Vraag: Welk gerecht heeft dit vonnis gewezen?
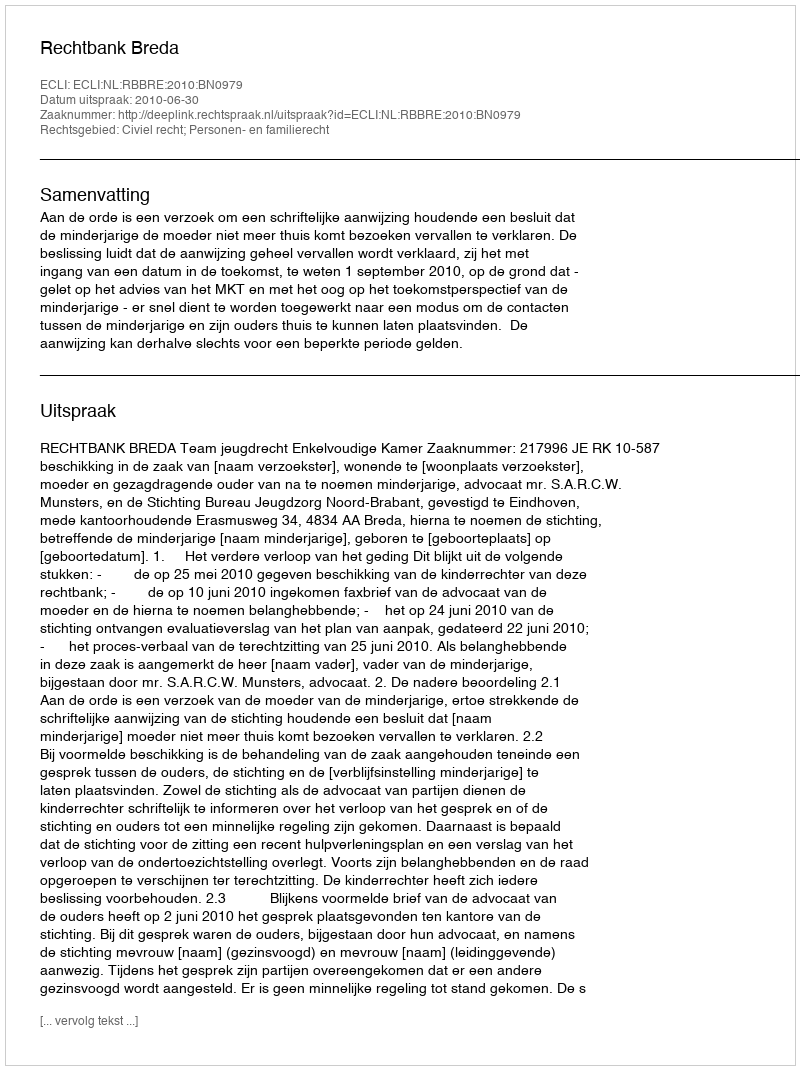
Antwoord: Rechtbank Breda